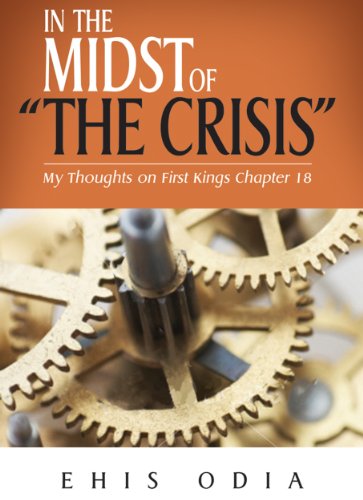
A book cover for In The Midst of The Crisis; Ehis Odia; Christian Books & Bibles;